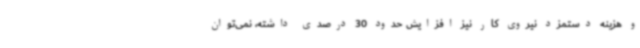
و هزینه دستمزد نیروی کار نیز افزایش حدود 30 درصدی داشته، نمی‌توان